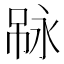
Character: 𠶇